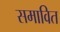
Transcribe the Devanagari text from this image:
समावित